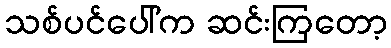
သစ်ပင်ပေါ်က ဆင်းကြတော့